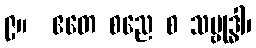
၉။  ဧတေ စညေ စ သမ္ဗုဒ္ဓါ၊